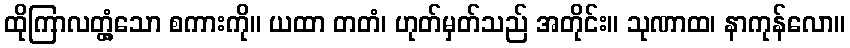
ထိုကြာလတ္တံ့သော စကားကို။ ယထာ တတံ၊ ဟုတ်မှတ်သည် အတိုင်း။ သုဏာထ၊ နာကုန်လော။